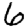
Digit: 6